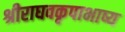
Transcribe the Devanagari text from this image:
श्रीराघवकृपाभाष्य